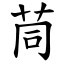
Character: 茼